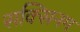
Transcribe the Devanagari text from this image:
सक्सिनम